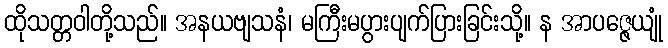
ထိုသတ္တဝါတို့သည်။ အနယဗျသနံ၊ မကြီးမပွားပျက်ပြားခြင်းသို့။ န အာပဇ္ဇေယျုံ